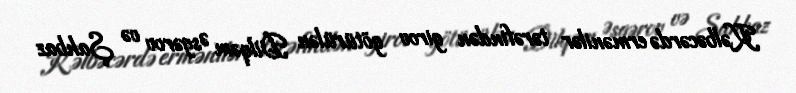
Kəlbəcərdə ermənilər tərəfindən girov götürülən Dilqəm Əsgərov və Şahbaz